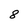
Character: 8